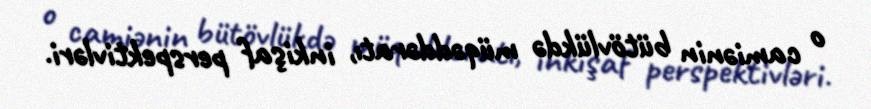
o camiənin bütövlükdə müqəddəratı, inkişaf perspektivləri.